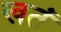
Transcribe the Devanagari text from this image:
खतं